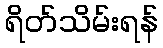
ရိတ်သိမ်းရန်